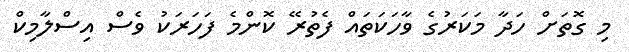
މި ގޮތަށް ހަދާ މަކަރުގެ ވާހަކަތައް ފެތުރޭ ކޮންމެ ފަހަރަކު ވެސް އިސްލާމިކް